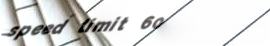
speed limit 60